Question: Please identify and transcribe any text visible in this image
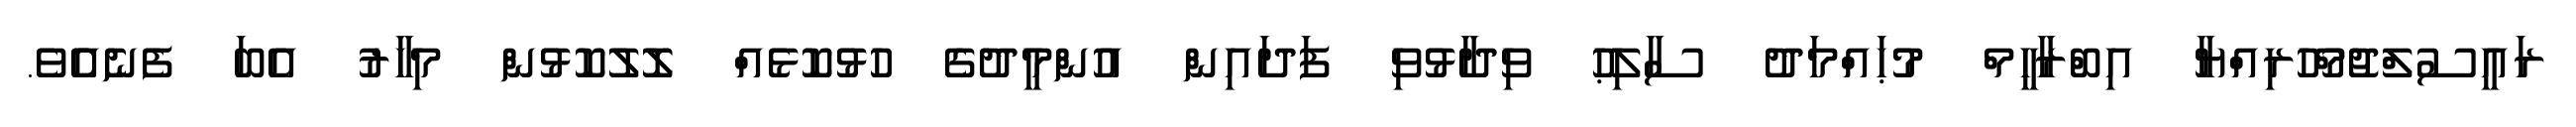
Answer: ރައީސުލްޖުމްހޫރިއްޔާ އިބްރާހީމް މުޙައްމަދު ސާލިޙު ވިދާޅުވި ފަދައިން އުންމީދުގެ ހުޅުކޮޅެއް ލޮލުކޮޅުން މިހާރު އެބަ ފެނެއެެވެ.